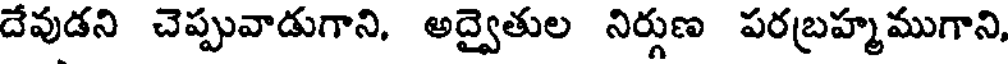
దేవుడని చెప్పువాడుగాని, అద్వైతుల నిర్గుణ పరబ్రహ్మముగాని,